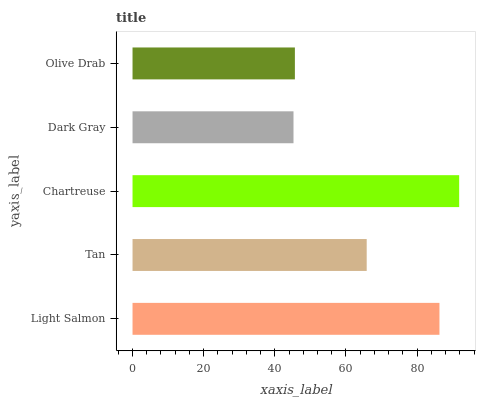
| yaxis_label | bars |
 | --- | --- |
 | Light Salmon | 86.3 |
 | Tan | 65.8 |
 | Chartreuse | 91.8 |
 | Dark Gray | 45.2 |
 | Olive Drab | 45.6 |